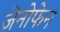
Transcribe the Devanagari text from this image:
जेनोफेन